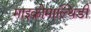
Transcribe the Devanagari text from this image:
माइक्रोमाल्थिडी